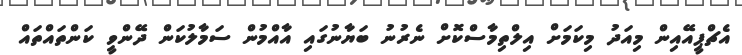
އެޗްޕީއޭއިން މިއަދު މިކަމަށް އިލްތިމާސްކޮށް ނެރުނު ބަޔާނުގައި އާއްމުން ސަމާލުކަން ދޭންވީ ކަންތައްތައް